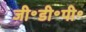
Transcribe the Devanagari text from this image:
जी॰डी॰पी॰